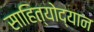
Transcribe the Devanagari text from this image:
साहित्योद्यान